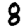
Digit: 8